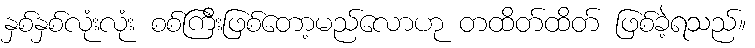
နှစ်နှစ်လုံးလုံး စစ်ကြီးဖြစ်တော့မည်လောဟု တထိတ်ထိတ် ဖြစ်ခဲ့ရသည်။